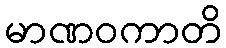
မာဏဝကာတိ